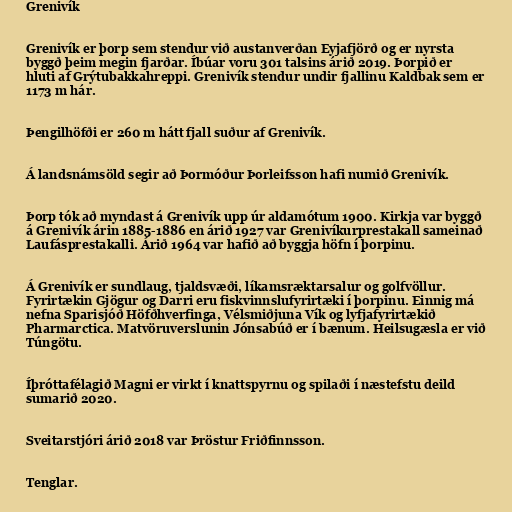
Grenivík

Grenivík er þorp sem stendur við austanverðan Eyjafjörð og er nyrsta
byggð þeim megin fjarðar. Íbúar voru 301 talsins árið 2019. Þorpið er
hluti af Grýtubakkahreppi. Grenivík stendur undir fjallinu Kaldbak sem er
1173 m hár.

Þengilhöfði er 260 m hátt fjall suður af Grenivík.

Á landsnámsöld segir að Þormóður Þorleifsson hafi numið Grenivík.

Þorp tók að myndast á Grenivík upp úr aldamótum 1900. Kirkja var byggð
á Grenivík árin 1885-1886 en árið 1927 var Grenivíkurprestakall sameinað
Laufásprestakalli. Árið 1964 var hafið að byggja höfn í þorpinu.

Á Grenivík er sundlaug, tjaldsvæði, líkamsræktarsalur og golfvöllur.
Fyrirtækin Gjögur og Darri eru fiskvinnslufyrirtæki í þorpinu. Einnig má
nefna Sparisjóð Höfðhverfinga, Vélsmiðjuna Vík og lyfjafyrirtækið
Pharmarctica. Matvöruverslunin Jónsabúð er í bænum. Heilsugæsla er við
Túngötu.

Íþróttafélagið Magni er virkt í knattspyrnu og spilaði í næstefstu deild
sumarið 2020.

Sveitarstjóri árið 2018 var Þröstur Friðfinnsson.

Tenglar.